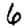
Digit: 6